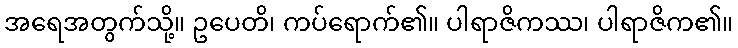
အရေအတွက်သို့။ ဥပေတိ၊ ကပ်ရောက်၏။ ပါရာဇိကဿ၊ ပါရာဇိက၏။